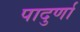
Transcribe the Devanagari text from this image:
पादुर्णा